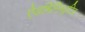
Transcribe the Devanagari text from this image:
ऐडमिनिस्ट्रटिव